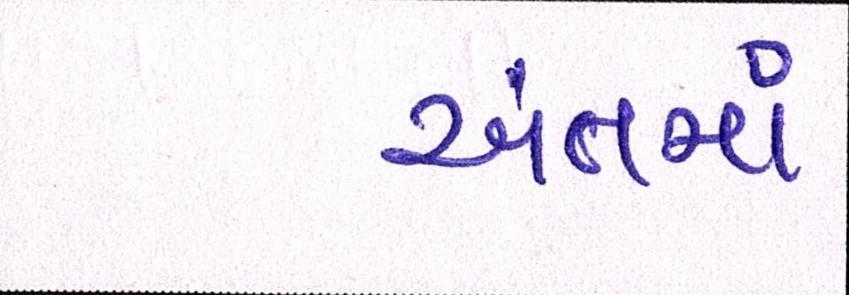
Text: અંતમાં